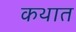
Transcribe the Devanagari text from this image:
कथात